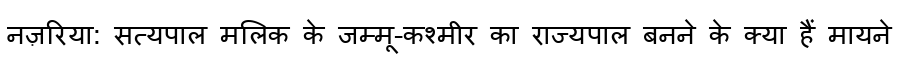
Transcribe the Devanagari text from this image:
नज़रिया: सत्यपाल मलिक के जम्मू-कश्मीर का राज्यपाल बनने के क्या हैं मायने